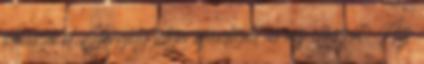
olvassa el Gergely atya ajánlását és az előszót: Az